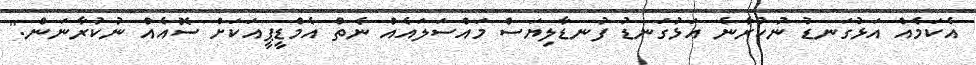
އެކަމެއް އަޅުގަނޑު ނުކުރާނެ އަޅުގަނޑު ފުނޑާލިޔަސް މައްސަލައެއް ނެތް އެމްޑީޕީއަކަށް ސޮއެއް ނުކުރާނަން."